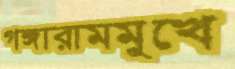
গঙ্গারামমুখে